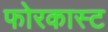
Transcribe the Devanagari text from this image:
फोरकास्ट